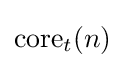
\mathrm {core} _{t}(n)